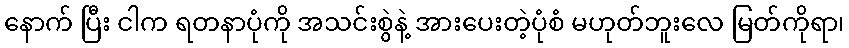
နောက် ပြီး ငါက ရတနာပုံကို အသင်းစွဲနဲ့ အားပေးတဲ့ပုံစံ မဟုတ်ဘူးလေ မြတ်ကိုရာ၊